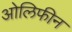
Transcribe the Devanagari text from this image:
ओलिफीन